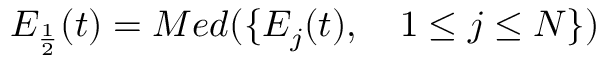
E _ { \frac { 1 } { 2 } } ( t ) = M e d ( \{ E _ { j } ( t ) , \quad 1 \leq j \leq N \} )